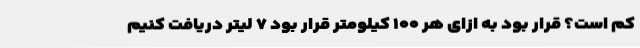
کم است؟ قرار بود به ازای هر ۱۰۰ کیلومتر قرار بود ۷ لیتر دریافت کنیم